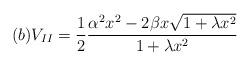
LaTeX: \begin{align*} (b) V_{II} = \frac {1}{2} \frac {\alpha^{2}x^{2} - 2\beta x \sqrt {1 + \lambda x^{2}}}{1 + \lambda x^{2}}\end{align*}